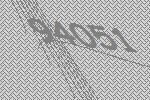
94051